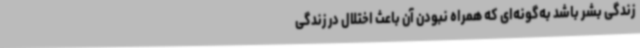
زندگی بشر باشد به‌گونه‌ای که همراه نبودن آن باعث اختلال در زندگی